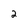
Character: 2